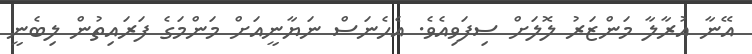
އޭނާ އުރާލާ މަންޒަރު ލޮލަށް ސިފަވިއެވެ. އެހެނަސް ނަޔާނީއަށް މަންމަގެ ފަރައިތުން ލިބެނީ